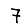
Digit: 7